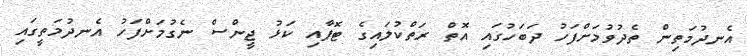
އެނދުމަތިން ތެދުވުމަށްފަހު ދަބަހުގައި އޮތް ރަތްކުލައިގެ ޓޮޕާއި ކަޅު ޖީންސް ނެގުމަށްފަހު އެނދުމަތީގައި